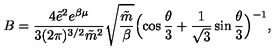
B = \frac { 4 \tilde { e } ^ { 2 } e ^ { \beta \mu } } { 3 ( 2 \pi ) ^ { 3 / 2 } \tilde { m } ^ { 2 } } \sqrt { \frac { \tilde { m } } { \beta } } \Bigl ( \cos \frac { \theta } { 3 } + \frac { 1 } { \sqrt { 3 } } \sin \frac { \theta } { 3 } \Bigr ) ^ { - 1 } ,